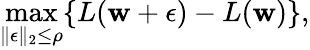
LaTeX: \operatorname*{max}_{\| \mathbf{\epsilon}\| _{2}\leq\rho}\{ L(\mathbf{w}+\mathbf{\epsilon})-L(\mathbf{w})\} ,